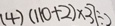
( 4 ) ( 1 1 0 + 2 ) \times 3 7 \div 2